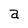
Character: a